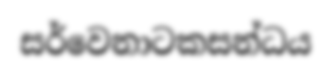
සර්වෙනාටකසන්ධය